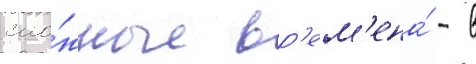
сло́жные вр'ем'ена́ - в